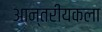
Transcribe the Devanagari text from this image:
आन्तरीयकला